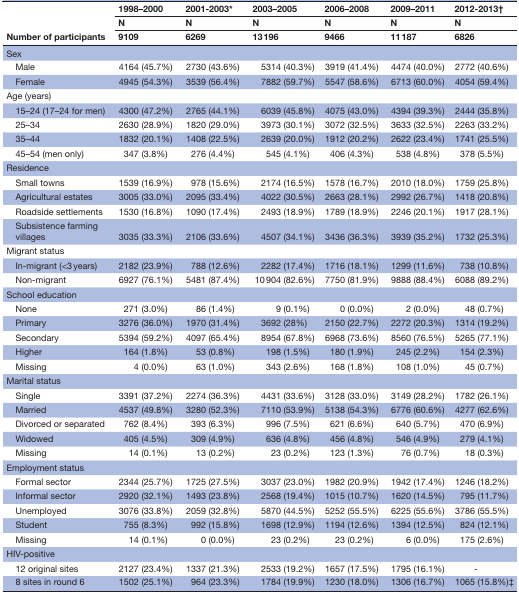
<table><thead><tr><td rowspan="3"><b>Number of participants</b></td><td><b>1998–2000</b></td><td><b>2001-2003*</b></td><td><b>2003–2005</b></td><td><b>2006–2008</b></td><td><b>2009–2011</b></td><td><b>2012-2013†</b></td></tr><tr><td><b>N</b></td><td><b>N</b></td><td><b>N</b></td><td><b>N</b></td><td><b>N</b></td><td><b>N</b></td></tr><tr><td><b>9109</b></td><td><b>6269</b></td><td><b>13 196</b></td><td><b>9466</b></td><td><b>11 187</b></td><td><b>6826</b></td></tr></thead><tbody><tr><td>Sex</td><td></td><td></td><td></td><td></td><td></td><td></td></tr><tr><td> Male</td><td>4164 (45.7%)</td><td>2730 (43.6%)</td><td>5314 (40.3%)</td><td>3919 (41.4%)</td><td>4474 (40.0%)</td><td>2772 (40.6%)</td></tr><tr><td> Female</td><td>4945 (54.3%)</td><td>3539 (56.4%)</td><td>7882 (59.7%)</td><td>5547 (58.6%)</td><td>6713 (60.0%)</td><td>4054 (59.4%)</td></tr><tr><td>Age (years)</td><td></td><td></td><td></td><td></td><td></td><td></td></tr><tr><td> 15–24 (17–24 for men)</td><td>4300 (47.2%)</td><td>2765 (44.1%)</td><td>6039 (45.8%)</td><td>4075 (43.0%)</td><td>4394 (39.3%)</td><td>2444 (35.8%)</td></tr><tr><td> 25–34</td><td>2630 (28.9%)</td><td>1820 (29.0%)</td><td>3973 (30.1%)</td><td>3072 (32.5%)</td><td>3633 (32.5%)</td><td>2263 (33.2%)</td></tr><tr><td> 35–44</td><td>1832 (20.1%)</td><td>1408 (22.5%)</td><td>2639 (20.0%)</td><td>1912 (20.2%)</td><td>2622 (23.4%)</td><td>1741 (25.5%)</td></tr><tr><td> 45–54 (men only)</td><td>347 (3.8%)</td><td>276 (4.4%)</td><td>545 (4.1%)</td><td>406 (4.3%)</td><td>538 (4.8%)</td><td>378 (5.5%)</td></tr><tr><td>Residence</td><td></td><td></td><td></td><td></td><td></td><td></td></tr><tr><td> Small towns</td><td>1539 (16.9%)</td><td>978 (15.6%)</td><td>2174 (16.5%)</td><td>1578 (16.7%)</td><td>2010 (18.0%)</td><td>1759 (25.8%)</td></tr><tr><td> Agricultural estates</td><td>3005 (33.0%)</td><td>2095 (33.4%)</td><td>4022 (30.5%)</td><td>2663 (28.1%)</td><td>2992 (26.7%)</td><td>1418 (20.8%)</td></tr><tr><td> Roadside settlements</td><td>1530 (16.8%)</td><td>1090 (17.4%)</td><td>2493 (18.9%)</td><td>1789 (18.9%)</td><td>2246 (20.1%)</td><td>1917 (28.1%)</td></tr><tr><td> Subsistence farming villages</td><td>3035 (33.3%)</td><td>2106 (33.6%)</td><td>4507 (34.1%)</td><td>3436 (36.3%)</td><td>3939 (35.2%)</td><td>1732 (25.3%)</td></tr><tr><td>Migrant status</td><td></td><td></td><td></td><td></td><td></td><td></td></tr><tr><td> In-migrant (&lt;3 years)</td><td>2182 (23.9%)</td><td>788 (12.6%)</td><td>2282 (17.4%)</td><td>1716 (18.1%)</td><td>1299 (11.6%)</td><td>738 (10.8%)</td></tr><tr><td> Non-migrant</td><td>6927 (76.1%)</td><td>5481 (87.4%)</td><td>10 904 (82.6%)</td><td>7750 (81.9%)</td><td>9888 (88.4%)</td><td>6088 (89.2%)</td></tr><tr><td>School education</td><td></td><td></td><td></td><td></td><td></td><td></td></tr><tr><td> None</td><td>271 (3.0%)</td><td>86 (1.4%)</td><td>9 (0.1%)</td><td>0 (0.0%)</td><td>2 (0.0%)</td><td>48 (0.7%)</td></tr><tr><td> Primary</td><td>3276 (36.0%)</td><td>1970 (31.4%)</td><td>3692 (28%)</td><td>2150 (22.7%)</td><td>2272 (20.3%)</td><td>1314 (19.2%)</td></tr><tr><td> Secondary</td><td>5394 (59.2%)</td><td>4097 (65.4%)</td><td>8954 (67.8%)</td><td>6968 (73.6%)</td><td>8560 (76.5%)</td><td>5265 (77.1%)</td></tr><tr><td> Higher</td><td>164 (1.8%)</td><td>53 (0.8%)</td><td>198 (1.5%)</td><td>180 (1.9%)</td><td>245 (2.2%)</td><td>154 (2.3%)</td></tr><tr><td> Missing</td><td>4 (0.0%)</td><td>63 (1.0%)</td><td>343 (2.6%)</td><td>168 (1.8%)</td><td>108 (1.0%)</td><td>45 (0.7%)</td></tr><tr><td>Marital status</td><td></td><td></td><td></td><td></td><td></td><td></td></tr><tr><td> Single</td><td>3391 (37.2%)</td><td>2274 (36.3%)</td><td>4431 (33.6%)</td><td>3128 (33.0%)</td><td>3149 (28.2%)</td><td>1782 (26.1%)</td></tr><tr><td> Married</td><td>4537 (49.8%)</td><td>3280 (52.3%)</td><td>7110 (53.9%)</td><td>5138 (54.3%)</td><td>6776 (60.6%)</td><td>4277 (62.6%)</td></tr><tr><td> Divorced or separated</td><td>762 (8.4%)</td><td>393 (6.3%)</td><td>996 (7.5%)</td><td>621 (6.6%)</td><td>640 (5.7%)</td><td>470 (6.9%)</td></tr><tr><td> Widowed</td><td>405 (4.5%)</td><td>309 (4.9%)</td><td>636 (4.8%)</td><td>456 (4.8%)</td><td>546 (4.9%)</td><td>279 (4.1%)</td></tr><tr><td> Missing</td><td>14 (0.1%)</td><td>13 (0.2%)</td><td>23 (0.2%)</td><td>123 (1.3%)</td><td>76 (0.7%)</td><td>18 (0.3%)</td></tr><tr><td>Employment status</td><td></td><td></td><td></td><td></td><td></td><td></td></tr><tr><td> Formal sector</td><td>2344 (25.7%)</td><td>1725 (27.5%)</td><td>3037 (23.0%)</td><td>1982 (20.9%)</td><td>1942 (17.4%)</td><td>1246 (18.2%)</td></tr><tr><td> Informal sector</td><td>2920 (32.1%)</td><td>1493 (23.8%)</td><td>2568 (19.4%)</td><td>1015 (10.7%)</td><td>1620 (14.5%)</td><td>795 (11.7%)</td></tr><tr><td> Unemployed</td><td>3076 (33.8%)</td><td>2059 (32.8%)</td><td>5870 (44.5%)</td><td>5252 (55.5%)</td><td>6225 (55.6%)</td><td>3786 (55.5%)</td></tr><tr><td> Student</td><td>755 (8.3%)</td><td>992 (15.8%)</td><td>1698 (12.9%)</td><td>1194 (12.6%)</td><td>1394 (12.5%)</td><td>824 (12.1%)</td></tr><tr><td> Missing</td><td>14 (0.1%)</td><td>0 (0.0%)</td><td>23 (0.2%)</td><td>23 (0.2%)</td><td>6 (0.0%)</td><td>175 (2.6%)</td></tr><tr><td>HIV-positive</td><td></td><td></td><td></td><td></td><td></td><td></td></tr><tr><td> 12 original sites</td><td>2127 (23.4%)</td><td>1337 (21.3%)</td><td>2533 (19.2%)</td><td>1657 (17.5%)</td><td>1795 (16.1%)</td><td>-</td></tr><tr><td> 8 sites in round 6</td><td>1502 (25.1%)</td><td>964 (23.3%)</td><td>1784 (19.9%)</td><td>1230 (18.0%)</td><td>1306 (16.7%)</td><td>1065 (15.8%)‡</td></tr></tbody></table>